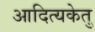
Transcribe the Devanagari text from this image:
आदित्यकेतु